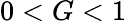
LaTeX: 0<G<1